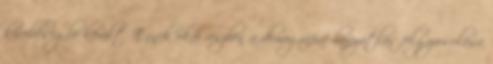
kisebbségbe került. Ennek okai részben a demográfiai hanyatlás felgyorsulása